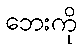
ဘေးကို